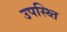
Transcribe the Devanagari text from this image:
उपस्थ्ति